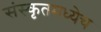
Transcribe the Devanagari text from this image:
संस्कृतमध्येच